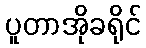
ပူတာအိုခရိုင်